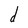
Character: d